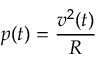
p ( t ) = { \frac { v ^ { 2 } ( t ) } { R } }